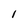
Character: 1